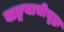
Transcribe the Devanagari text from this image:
वाङ्मयाचीसुद्धा